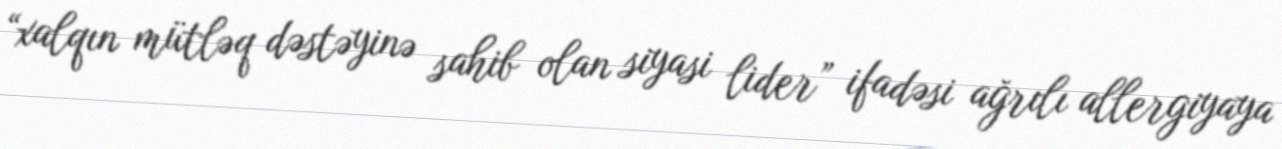
“xalqın mütləq dəstəyinə sahib olan siyasi lider” ifadəsi ağrılı allergiyaya